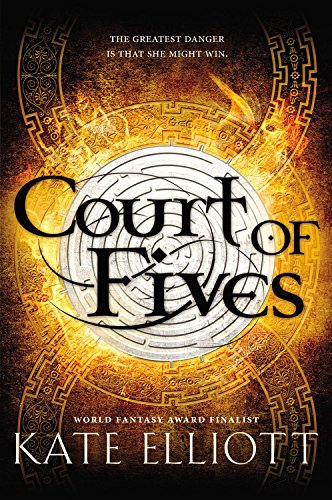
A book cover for Court of Fives; Kate Elliott; Teen & Young Adult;